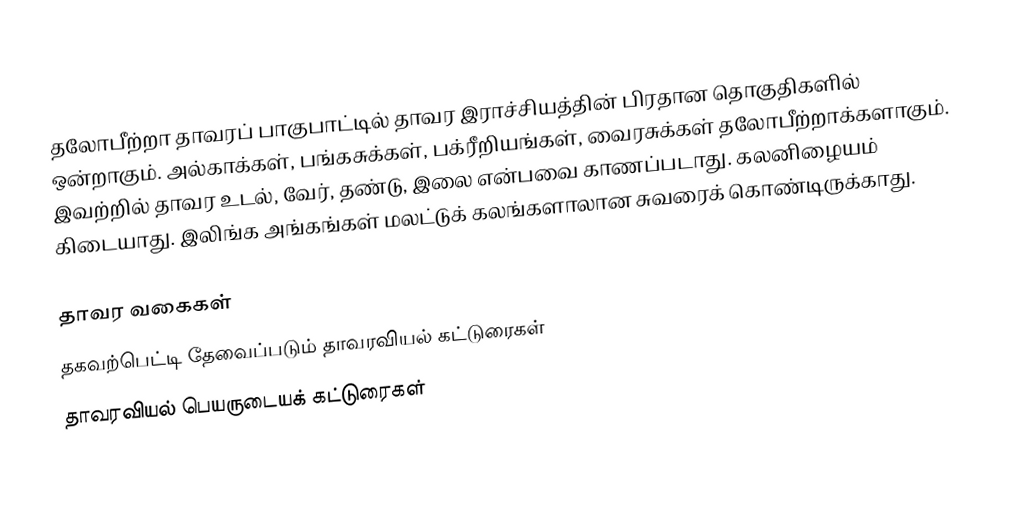
தலோபீற்றா தாவரப் பாகுபாட்டில் தாவர இராச்சியத்தின் பிரதான தொகுதிகளில் ஒன்றாகும். அல்காக்கள், பங்கசுக்கள், பக்ரீறியங்கள், வைரசுக்கள் தலோபீற்றாக்களாகும். இவற்றில் தாவர உடல், வேர், தண்டு, இலை என்பவை காணப்படாது. கலனிழையம் கிடையாது. இலிங்க அங்கங்கள் மலட்டுக் கலங்களாலான சுவரைக் கொண்டிருக்காது.

தாவர வகைகள்
தகவற்பெட்டி தேவைப்படும் தாவரவியல் கட்டுரைகள்
தாவரவியல் பெயருடையக் கட்டுரைகள்